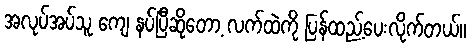
အလုပ်အပ်သူ ကျေ နပ်ပြီဆိုတော့ လက်ထဲကို ပြန်ထည့်ပေးလိုက်တယ်။